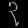
Digit: ၃